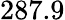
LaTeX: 287.9